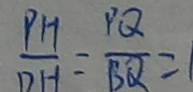
\frac { P H } { D H } = \frac { P Q } { B Q } = 1